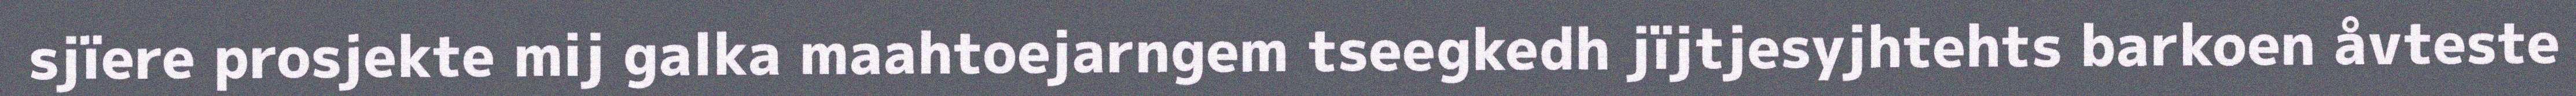
sjïere prosjekte mij galka maahtoejarngem tseegkedh jïjtjesyjhtehts barkoen åvteste